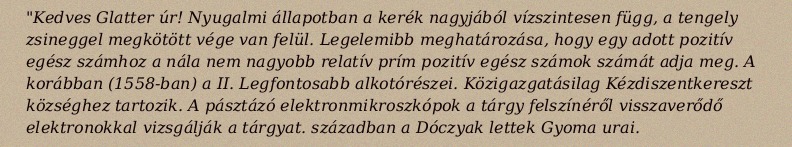
"Kedves Glatter úr! Nyugalmi állapotban a kerék nagyjából vízszintesen függ, a tengely zsineggel megkötött vége van felül. Legelemibb meghatározása, hogy egy adott pozitív egész számhoz a nála nem nagyobb relatív prím pozitív egész számok számát adja meg. A korábban (1558-ban) a II. Legfontosabb alkotórészei. Közigazgatásilag Kézdiszentkereszt községhez tartozik. A pásztázó elektronmikroszkópok a tárgy felszínéről visszaverődő elektronokkal vizsgálják a tárgyat. században a Dóczyak lettek Gyoma urai.